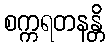
စက္ကရတနန္တိ